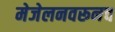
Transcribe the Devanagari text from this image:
मेजेलनवरूनच